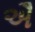
ઐ